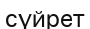
сүйрет